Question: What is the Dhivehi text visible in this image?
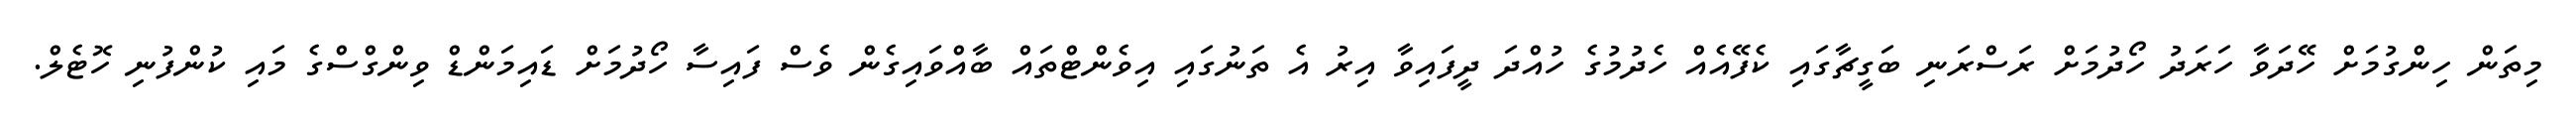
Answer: މިތަން ހިންގުމަށް ހޭދަވާ ހަރަދު ހޯދުމަށް ރަސްރަނި ބަގީޗާގައި ކެފޭއެއް ހެދުމުގެ ހުއްދަ ދީފައިވާ އިރު އެ ތަނުގައި އިވެންޓްތައް ބާއްވައިގެން ވެސް ފައިސާ ހޯދުމަށް ޑައިމަންޑް ވިންގްސްގެ މައި ކުންފުނި ހޮޓެލް.